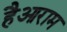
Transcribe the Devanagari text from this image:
हैआराम